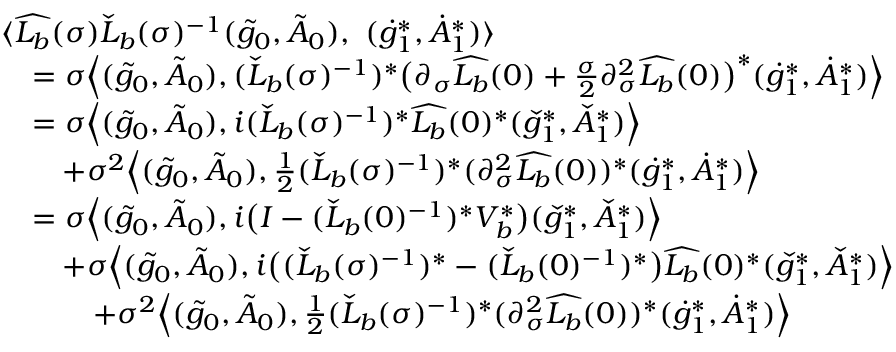
\begin{array} { r l } & { \langle \widehat { L _ { b } } ( \sigma ) \check { L } _ { b } ( \sigma ) ^ { - 1 } ( \tilde { g } _ { 0 } , \tilde { A } _ { 0 } ) , \ ( \dot { g } _ { 1 } ^ { * } , \dot { A } _ { 1 } ^ { * } ) \rangle } \\ & { \quad = \sigma \Big \langle ( \tilde { g } _ { 0 } , \tilde { A } _ { 0 } ) , ( \check { L } _ { b } ( \sigma ) ^ { - 1 } ) ^ { * } \big ( \partial _ { \sigma } \widehat { L _ { b } } ( 0 ) + \frac { \sigma } { 2 } \partial _ { \sigma } ^ { 2 } \widehat { L _ { b } } ( 0 ) \big ) ^ { * } ( \dot { g } _ { 1 } ^ { * } , \dot { A } _ { 1 } ^ { * } ) \Big \rangle } \\ & { \quad = \sigma \Big \langle ( \tilde { g } _ { 0 } , \tilde { A } _ { 0 } ) , i ( \check { L } _ { b } ( \sigma ) ^ { - 1 } ) ^ { * } \widehat { L _ { b } } ( 0 ) ^ { * } ( \check { g } _ { 1 } ^ { * } , \check { A } _ { 1 } ^ { * } ) \Big \rangle } \\ & { \quad \quad + \sigma ^ { 2 } \Big \langle ( \tilde { g } _ { 0 } , \tilde { A } _ { 0 } ) , \frac { 1 } { 2 } ( \check { L } _ { b } ( \sigma ) ^ { - 1 } ) ^ { * } ( \partial _ { \sigma } ^ { 2 } \widehat { L _ { b } } ( 0 ) ) ^ { * } ( \dot { g } _ { 1 } ^ { * } , \dot { A } _ { 1 } ^ { * } ) \Big \rangle } \\ & { \quad = \sigma \Big \langle ( \tilde { g } _ { 0 } , \tilde { A } _ { 0 } ) , i \big ( I - ( \check { L } _ { b } ( 0 ) ^ { - 1 } ) ^ { * } V _ { b } ^ { * } \big ) ( \check { g } _ { 1 } ^ { * } , \check { A } _ { 1 } ^ { * } ) \Big \rangle } \\ & { \quad \quad + \sigma \Big \langle ( \tilde { g } _ { 0 } , \tilde { A } _ { 0 } ) , i \big ( ( \check { L } _ { b } ( \sigma ) ^ { - 1 } ) ^ { * } - ( \check { L } _ { b } ( 0 ) ^ { - 1 } ) ^ { * } \big ) \widehat { L _ { b } } ( 0 ) ^ { * } ( \check { g } _ { 1 } ^ { * } , \check { A } _ { 1 } ^ { * } ) \Big \rangle } \\ & { \quad \quad \quad + \sigma ^ { 2 } \Big \langle ( \tilde { g } _ { 0 } , \tilde { A } _ { 0 } ) , \frac { 1 } { 2 } ( \check { L } _ { b } ( \sigma ) ^ { - 1 } ) ^ { * } ( \partial _ { \sigma } ^ { 2 } \widehat { L _ { b } } ( 0 ) ) ^ { * } ( \dot { g } _ { 1 } ^ { * } , \dot { A } _ { 1 } ^ { * } ) \Big \rangle } \end{array}